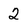
Character: 2